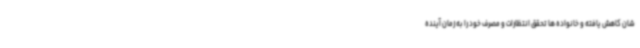
شان کاهش یافته و خانواده ها تحقق انتظارات و مصرف خود را به زمان آینده